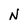
Character: N